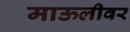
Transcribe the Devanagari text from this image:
माऊलीवर